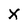
Character: X